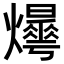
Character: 𤒫